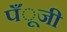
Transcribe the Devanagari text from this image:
पँूजी